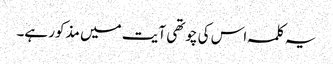
یہ کلمہ اس کی چوتھی آیت میں مذکور ہے۔